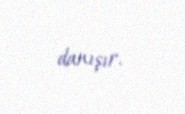
danışır.